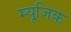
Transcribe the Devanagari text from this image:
म्‍यूजि़क